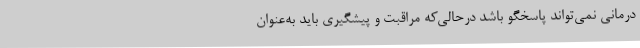
درمانی نمی‌تواند پاسخگو باشد درحالی‌که مراقبت و پیشگیری باید به‌عنوان